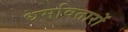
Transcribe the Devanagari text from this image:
धर्मावतारों